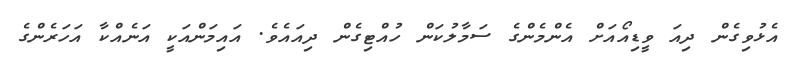
އެޅުވިގެން ދިއަ ވީޑިއޯއަށް އެންމެންގެ ސަމާލުކަން ހުއްޓިގެން ދިއައެވެ. އައިމަންއަކީ އަނެއްކާ އަހަރެންގެ